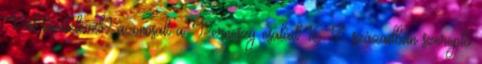
Pál kivételével? azonosak a Perneszy család 16-17. században szereplő